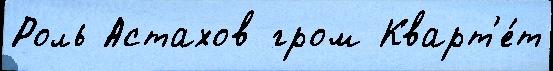
Роль Астахов гром Кварт'е́т